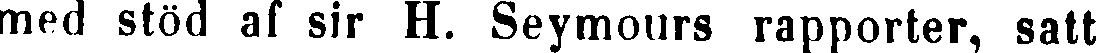
med stöd af sir H. Seymours rapporter, satt